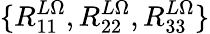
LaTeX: \{ R_{11}^{L\Omega},R_{22}^{L\Omega},R_{33}^{L\Omega}\}